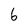
Character: 6